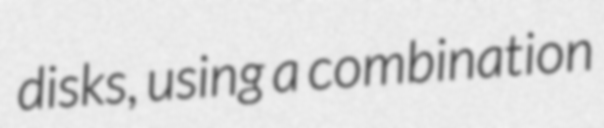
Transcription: disks, using a combination